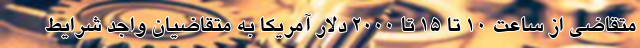
متقاضی از ساعت ۱۰ تا ۱۵ تا ۲۰۰۰ دلار آمریکا به متقاضیان واجد شرایط